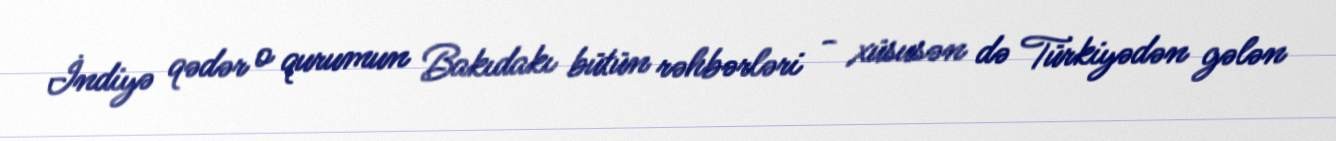
İndiyə qədər o qurumun Bakıdakı bütün rəhbərləri - xüsusən də Türkiyədən gələn